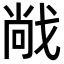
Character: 𫻹